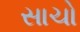
સાચો